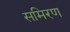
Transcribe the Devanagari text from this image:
समिरण